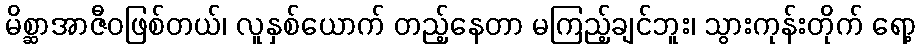
မိစ္ဆာအာဇီဝဖြစ်တယ်၊ လူနှစ်ယောက် တည့်နေတာ မကြည့်ချင်ဘူး၊ သွားကုန်းတိုက် ရော့